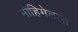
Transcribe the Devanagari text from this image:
मोहिमेतला